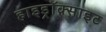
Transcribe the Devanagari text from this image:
हाइड्रॉक्साइट